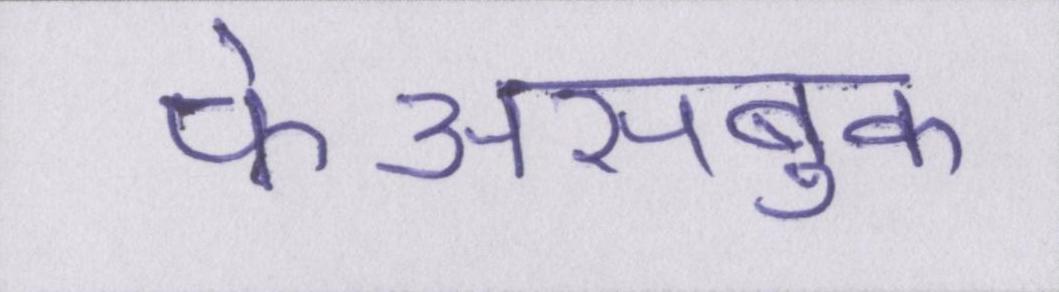
फेअसबुक